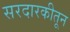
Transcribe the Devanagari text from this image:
सरदारकीतून